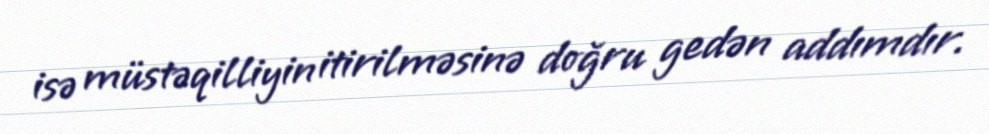
isə müstəqilliyin itirilməsinə doğru gedən addımdır.